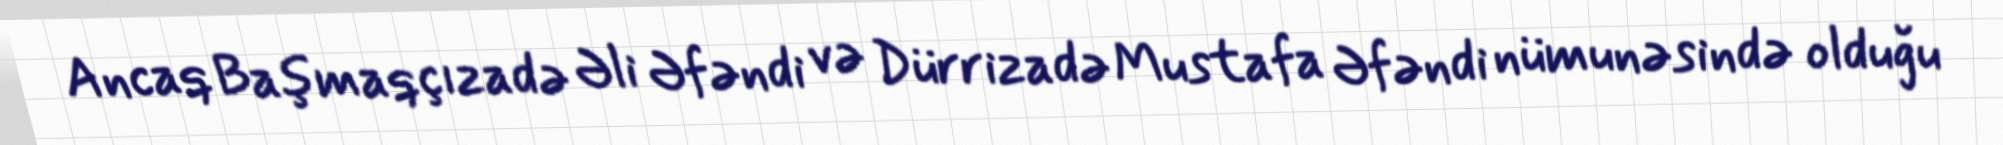
Ancaq Başmaqçızadə Əli Əfəndi və Dürrizadə Mustafa Əfəndi nümunəsində olduğu